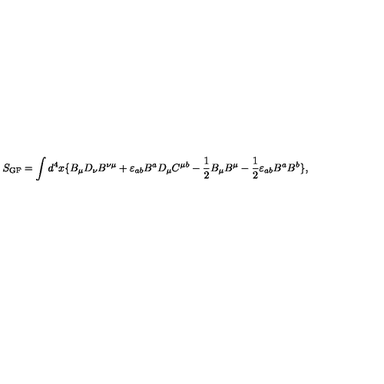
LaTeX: S _ { \mathrm { G F } } = \int d ^ { 4 } x \{ B _ { \mu } D _ { \nu } B ^ { \nu \mu } + \varepsilon _ { a b } B ^ { a } D _ { \mu } C ^ { \mu b } - \frac { 1 } { 2 } B _ { \mu } B ^ { \mu } - \frac { 1 } { 2 } \varepsilon _ { a b } B ^ { a } B ^ { b } \} ,